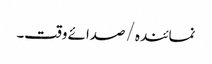
نمائندہ/ صدائے وقت۔